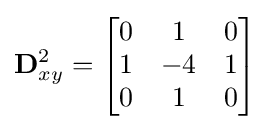
\mathbf {D} _{xy}^{2}={\begin{bmatrix}0&1&0\\1&-4&1\\0&1&0\end{bmatrix}}